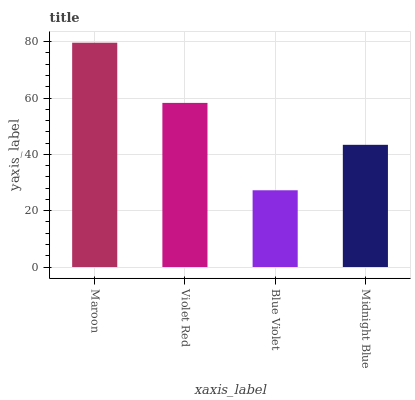
| xaxis_label | bars |
 | --- | --- |
 | Maroon | 79.6 |
 | Violet Red | 58.3 |
 | Blue Violet | 27.3 |
 | Midnight Blue | 43.4 |